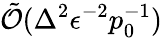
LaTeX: \tilde{\mathcal{O}}(\Delta^{2}\epsilon^{-2}p_{0}^{-1})